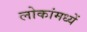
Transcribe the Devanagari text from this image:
लोकांमध्यें